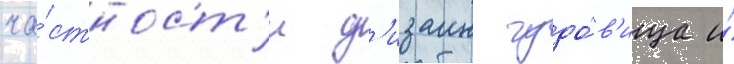
ча́стност'и д'изаин чудо́в'ища и́